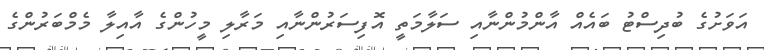
އަވަށުގެ ބުދިސްޓު ބައެއް އާންމުންނާއި ސަލާމަތީ އޮފިސަރުންނާއި މަރާލި މީހުންގެ އާއިލާ މެމްބަރުންގެ